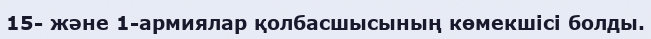
15- және 1-армиялар қолбасшысының көмекшісі болды.